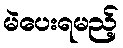
မဲပေးရမည့်